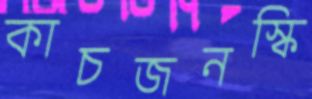
কাচজনস্কি